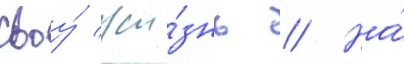
своу́ жи́знь // На́